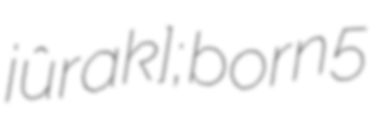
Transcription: jûraːk]; born 5